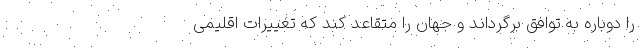
را دوباره به توافق برگرداند و جهان را متقاعد کند که تغییرات اقلیمی